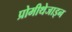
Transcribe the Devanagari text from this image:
प्रोमीथेजाइन